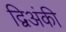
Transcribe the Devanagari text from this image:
द्विअंकी